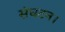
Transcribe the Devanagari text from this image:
संघटन।